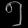
Digit: ၅